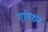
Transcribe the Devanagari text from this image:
गांगरुन